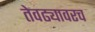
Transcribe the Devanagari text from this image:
तेवढ्यावरच